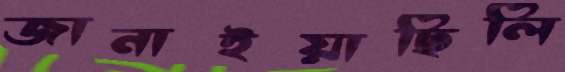
জানাইয়াছিলি